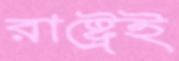
রাষ্ট্রেই